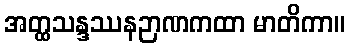
အတ္ထသန္ဒဿနဉာဏကထာ မာတိကာ။